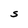
Character: S